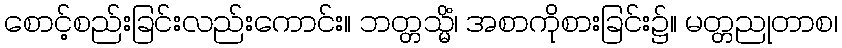
စောင့်စည်းခြင်းလည်းကောင်း။ ဘတ္တသ္မိံ၊ အစာကိုစားခြင်း၌။ မတ္တညုတာစ၊